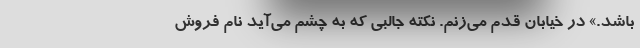
باشد.» در خیابان قدم می‌زنم. نکته جالبی که به چشم می‌آید نام فروش